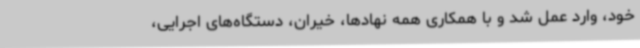
خود، وارد عمل شد و با همکاری همه نهادها، خیران، دستگاه‌های اجرایی،